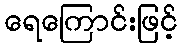
ရေကြောင်းဖြင့်